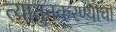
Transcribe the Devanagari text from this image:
त्यातुनकरण्याचा